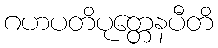
ဂဟပတိပုတ္တေနပီတိ